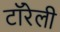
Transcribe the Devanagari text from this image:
टॉरेली